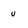
Character: u